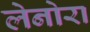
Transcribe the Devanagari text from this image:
लेनोरा